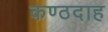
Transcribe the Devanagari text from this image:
कण्ठदाह